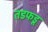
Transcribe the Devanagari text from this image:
तडफडू